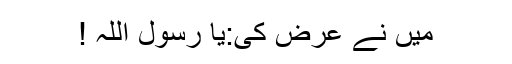
میں نے عرض کی:یا رسول اللہ !